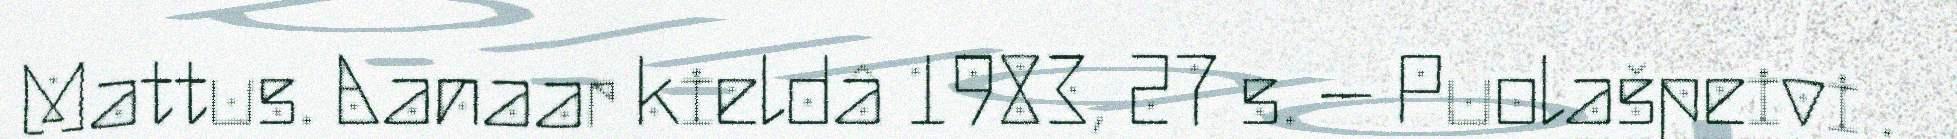
Mattus. Aanaar kieldâ 1983, 27 s. – Puolašpeivi .